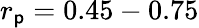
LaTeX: r_{\mathsf{p}}=0.45-0.75